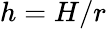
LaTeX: h=H/r